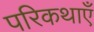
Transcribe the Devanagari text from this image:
परिकथाएँ